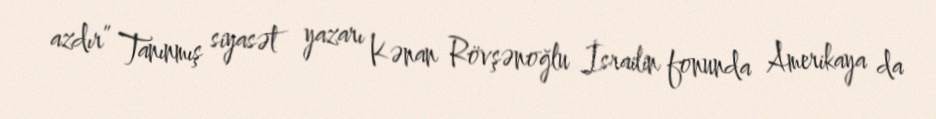
azdır” Tanınmış siyasət yazarı Kənan Rövşənoğlu İsrailin fonunda Amerikaya da